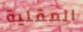
المقلية